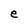
Character: e